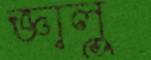
জ্ঞালু